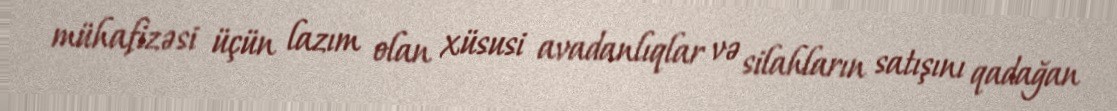
mühafizəsi üçün lazım olan xüsusi avadanlıqlar və silahların satışını qadağan